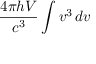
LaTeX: { \frac { 4 \pi h V } { c ^ { 3 } } } \int v ^ { 3 } \, d v